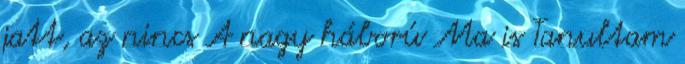
jatt, az nincs A nagy háború Ma is Tanultam